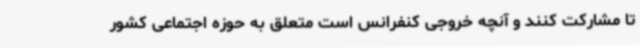
تا مشارکت کنند و آنچه خروجی کنفرانس است متعلق به حوزه اجتماعی کشور